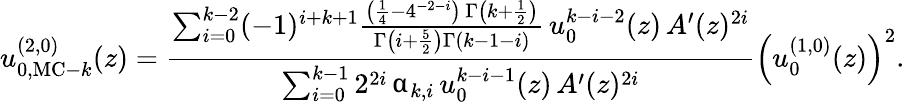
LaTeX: u_{0,{\mathrm{MC-}}k}^{(2,0)}(z)=\frac{\sum_{i=0}^{k-2}(-1)^{i+k+1}\frac{\left(\frac{1}{4}-4^{-2-i}\right)\, \Gamma\left(k+\frac{1}{2}\right)}{\Gamma\left(i+\frac{5}{2}\right)\Gamma\left(k-1-i\right)}\, u_{0}^{k-i-2}(z)\, A^{\prime}(z)^{2i}}{\sum_{i=0}^{k-1}2^{2i}\, \upalpha_{k,i}\, u_{0}^{k-i-1}(z)\, A^{\prime}(z)^{2i}}\left(u_{0}^{(1,0)}(z)\right)^{2}.